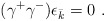
\begin{align*}(\gamma^+ \gamma^-) \epsilon_{\bar k} =0 \ .\end{align*}